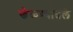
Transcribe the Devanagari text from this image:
खेळण्यातले